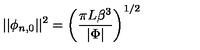
\vert \vert \phi _ { n , 0 } \vert \vert ^ { 2 } = \left( \frac { \pi L \beta ^ { 3 } } { \vert \Phi \vert } \right) ^ { 1 / 2 }